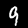
Digit: 9